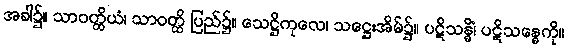
အခါ၌။ သာဝတ္ထိယံ၊ သာဝတ္ထိ ပြည်၌။ သေဋ္ဌိကုလေ၊ သဋ္ဌေးအိမ်၌။ ပဋိသန္ဓိံ၊ ပဋိသန္ဓေကို။